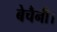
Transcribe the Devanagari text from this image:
बेचैनी।